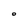
Character: O